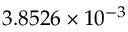
3 . 8 5 2 6 \times 1 0 ^ { - 3 }